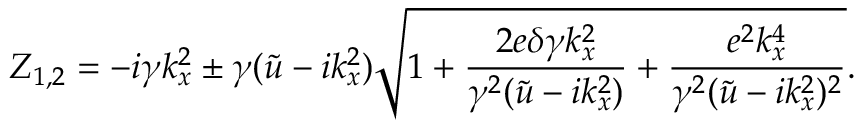
Z _ { 1 , 2 } = - i \gamma k _ { x } ^ { 2 } \pm \gamma ( \tilde { u } - i k _ { x } ^ { 2 } ) \sqrt { 1 + \frac { 2 e \delta \gamma k _ { x } ^ { 2 } } { \gamma ^ { 2 } ( \tilde { u } - i k _ { x } ^ { 2 } ) } + \frac { e ^ { 2 } k _ { x } ^ { 4 } } { \gamma ^ { 2 } ( \tilde { u } - i k _ { x } ^ { 2 } ) ^ { 2 } } } .